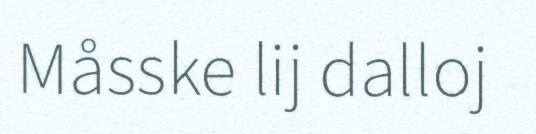
Måsske lij dalloj